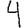
Digit: 4